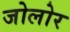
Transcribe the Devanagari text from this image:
जोलोर